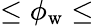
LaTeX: \leq\phi_{\mathrm{w}}\leq